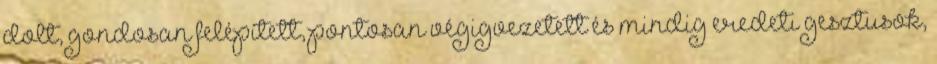
dolt, gondosan felépített, pontosan végigvezetett és mindig eredeti gesztusok,